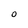
Character: 0